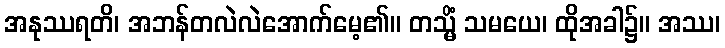
အနုဿရတိ၊ အဘန်တလဲလဲအောက်မေ့၏။ တသ္မိံ သမယေ၊ ထိုအခါ၌။ အဿ၊